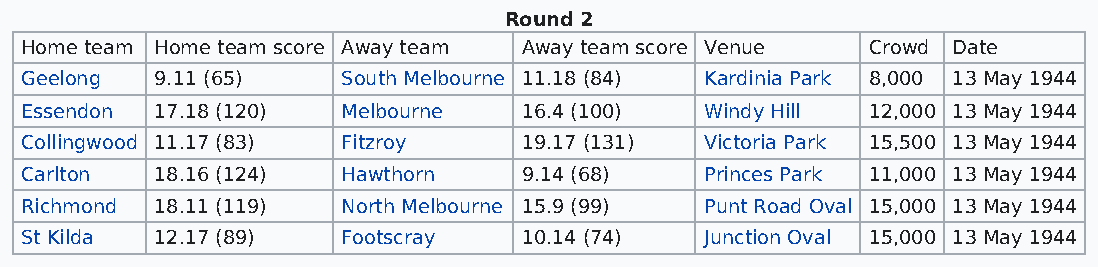
Round 2
 Home team Home team score Away team Away team score Venue Crowd Date
 Geelong  9.11 (65)    South Melbourne 11.18 (84) Kardinia Park 8,000 13 May 1944
 Essendon 17.18 (120)  Melbourne   16.4 (100)  Windy Hill 12,000 13 May 1944
 Collingwood 11.17 (83) Fitzroy    19.17 (131) Victoria Park 15,500 13 May 1944
 Carlton  18.16 (124)  Hawthorn    9.14 (68)   Princes Park 11,000 13 May 1944
 Richmond 18.11 (119)  North Melbourne 15.9 (99) Punt Road Oval 15,000 13 May 1944
 St Kilda 12.17 (89)   Footscray   10.14 (74)  Junction Oval 15,000 13 May 1944